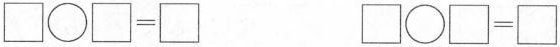
$$\Box \bigcirc \Box = \Box$$ $$\Box \bigcirc \Box = \Box $$